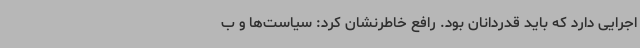
اجرایی دارد که باید قدردانان بود. رافع خاطرنشان کرد: سیاست‌ها و ب